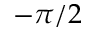
- \pi / 2